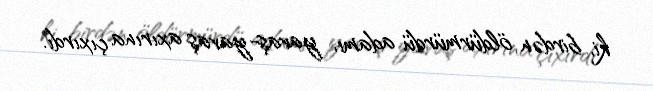
ki, birdən öldürmürdü adamı, yavaş-yavaş axırına çıxırdı.